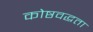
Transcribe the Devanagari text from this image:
कोष्ठवद्धता